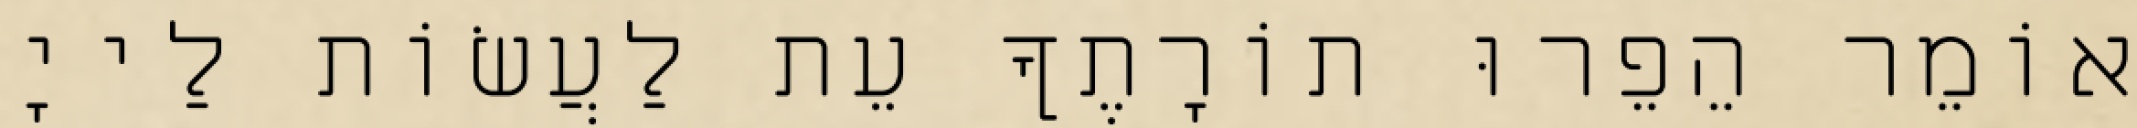
אוֹמֵר הֵפֵרוּ תוֹרָתֶךָ עֵת לַעֲשׂוֹת לַייָ